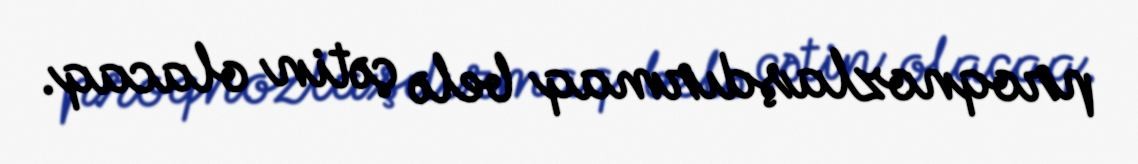
proqnozlaşdırmaq belə çətin olacaq.